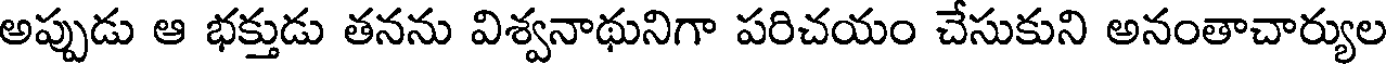
అప్పుడు ఆ భక్తుడు తనను విశ్వనాథునిగా పరిచయం చేసుకుని అనంతాచార్యుల